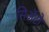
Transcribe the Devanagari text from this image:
सिअॅटो